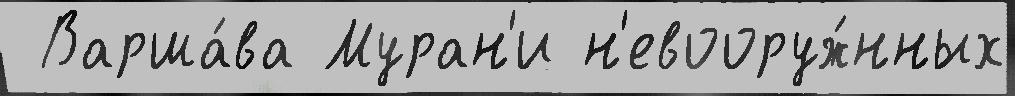
 Варша́ва Муран'и н'евооруж́нных